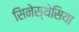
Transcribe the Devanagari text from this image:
सिनेस्थेसिया